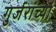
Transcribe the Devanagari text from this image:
गुर्जरांच्या